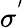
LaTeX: \sigma^{'}